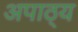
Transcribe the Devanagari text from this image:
अपाठ्य